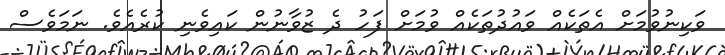
ވަކިނުވުމަށް އެތަކެއް ވައުދުތަކެއް ވުމަށް ފަހު ދެ ޒުވާނުން ކައިވެނި ކުރެއެވެ. ނަމަވެސް